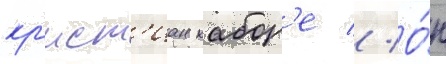
кр'ист'иан кабор'е // О́н